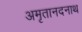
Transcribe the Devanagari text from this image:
अमृतानदनाथ